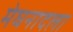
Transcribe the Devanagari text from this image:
मेघनादला